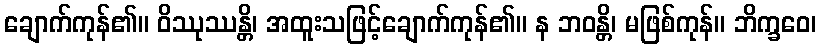
ချောက်ကုန်၏။ ဝိဿုဿန္တိ၊ အထူးသဖြင့်ချောက်ကုန်၏။ န ဘဝန္တိ၊ မဖြစ်ကုန်။ ဘိက္ခဝေ၊